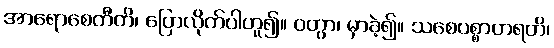
အာရောစေတီတိ၊ ပြောလိုက်ပါဟူ၍။ ဝတွာ၊ မှာခဲ့၍။ သစေပစ္စာဟရတိ၊